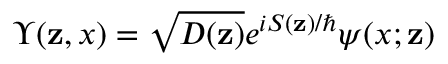
\Upsilon ( { \mathbf { z } } , x ) = \sqrt { D ( { \mathbf { z } } ) } e ^ { i S ( { \mathbf { z } } ) / \hbar } \psi ( x ; { \mathbf { z } } )